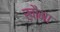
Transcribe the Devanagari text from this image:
खौमा